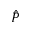
\hat { P }